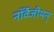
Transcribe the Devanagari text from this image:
नॉर्वेजीयन्